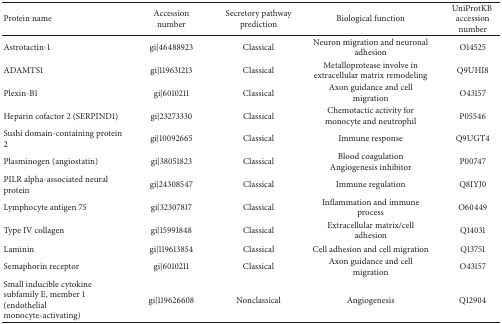
| Protein name | Accessionnumber | Secretory pathway prediction | Biological function | UniProtKB accession number |
 | --- | --- | --- | --- | --- |
 | Astrotactin-1 | gi|46488923 | Classical | Neuron migration and neuronal adhesion | O14525 |
 | ADAMTS1 | gi|119631213 | Classical | Metalloprotease involve in extracellular matrix remodeling | Q9UHI8 |
 | Plexin-B1 | gi|6010211 | Classical | Axon guidance and cell migration | O43157 |
 | Heparin cofactor 2 (SERPIND1) | gi|23273330 | Classical | Chemotactic activity for monocyte and neutrophil | P05546 |
 | Sushi domain-containing protein 2 | gi|10092665 | Classical | Immune response | Q9UGT4 |
 | Plasminogen (angiostatin) | gi|38051823 | Classical | Blood coagulationAngiogenesis inhibitor | P00747 |
 | PILR alpha-associated neural protein | gi|24308547 | Classical | Immune regulation | Q8IYJ0 |
 | Lymphocyte antigen 75 | gi|32307817 | Classical | Inflammation and immune process | O60449 |
 | Type IV collagen | gi|15991848 | Classical | Extracellular matrix/cell adhesion | Q14031 |
 | Laminin | gi|119613854 | Classical | Cell adhesion and cell migration | Q13751 |
 | Semaphorin receptor | gi|6010211 | Classical | Axon guidance and cell migration | O43157 |
 | Small inducible cytokine subfamily E, member 1 (endothelial monocyte-activating) | gi|119626608 | Nonclassical | Angiogenesis | Q12904 |